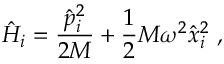
\hat { H } _ { i } = \frac { \hat { p } _ { i } ^ { 2 } } { 2 M } + \frac 1 2 M \omega ^ { 2 } \hat { x } _ { i } ^ { 2 } \ ,